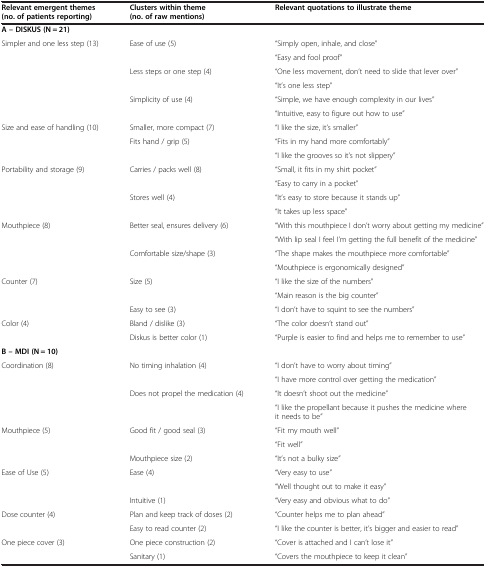
<table><thead><tr><td><b>Relevant emergent themes (no. of patients reporting)</b></td><td><b>Clusters within theme (no. of raw mentions)</b></td><td><b>Relevant quotations to illustrate theme</b></td></tr></thead><tbody><tr><td colspan="3"><b>A – DISKUS (N = 21)</b></td></tr><tr><td rowspan="6">Simpler and one less step (13)</td><td rowspan="2">Ease of use (5)</td><td>“Simply open, inhale, and close”</td></tr><tr><td>“Easy and fool proof”</td></tr><tr><td rowspan="2">Less steps or one step (4)</td><td>“One less movement, don’t need to slide that lever over”</td></tr><tr><td>“It’s one less step”</td></tr><tr><td rowspan="2">Simplicity of use (4)</td><td>“Simple, we have enough complexity in our lives”</td></tr><tr><td>“Intuitive, easy to figure out how to use”</td></tr><tr><td rowspan="3">Size and ease of handling (10)</td><td>Smaller, more compact (7)</td><td>“I like the size, it’s smaller”</td></tr><tr><td rowspan="2">Fits hand / grip (5)</td><td>“Fits in my hand more comfortably”</td></tr><tr><td>“I like the grooves so it’s not slippery”</td></tr><tr><td rowspan="4">Portability and storage (9)</td><td rowspan="2">Carries / packs well (8)</td><td>“Small, it fits in my shirt pocket”</td></tr><tr><td>“Easy to carry in a pocket”</td></tr><tr><td rowspan="2">Stores well (4)</td><td>“It’s easy to store because it stands up”</td></tr><tr><td>“It takes up less space”</td></tr><tr><td rowspan="4">Mouthpiece (8)</td><td rowspan="2">Better seal, ensures delivery (6)</td><td>“With this mouthpiece I don’t worry about getting my medicine”</td></tr><tr><td>“With lip seal I feel I’m getting the full benefit of the medicine”</td></tr><tr><td rowspan="2">Comfortable size/shape (3)</td><td>“The shape makes the mouthpiece more comfortable”</td></tr><tr><td>“Mouthpiece is ergonomically designed”</td></tr><tr><td rowspan="3">Counter (7)</td><td rowspan="2">Size (5)</td><td>“I like the size of the numbers”</td></tr><tr><td>“Main reason is the big counter”</td></tr><tr><td>Easy to see (3)</td><td>“I don’t have to squint to see the numbers”</td></tr><tr><td rowspan="2">Color (4)</td><td>Bland / dislike (3)</td><td>“The color doesn’t stand out”</td></tr><tr><td>Diskus is better color (1)</td><td>“Purple is easier to find and helps me to remember to use”</td></tr><tr><td colspan="3"><b>B – MDI (N = 10)</b></td></tr><tr><td rowspan="4">Coordination (8)</td><td rowspan="2">No timing inhalation (4)</td><td>“I don’t have to worry about timing”</td></tr><tr><td>“I have more control over getting the medication”</td></tr><tr><td rowspan="2">Does not propel the medication (4)</td><td>“It doesn’t shoot out the medicine”</td></tr><tr><td>“I like the propellant because it pushes the medicine where it needs to be”</td></tr><tr><td rowspan="3">Mouthpiece (5)</td><td rowspan="2">Good fit / good seal (3)</td><td>“Fit my mouth well”</td></tr><tr><td>“Fit well”</td></tr><tr><td>Mouthpiece size (2)</td><td>“It’s not a bulky size”</td></tr><tr><td rowspan="3">Ease of Use (5)</td><td rowspan="2">Ease (4)</td><td>“Very easy to use”</td></tr><tr><td>“Well thought out to make it easy”</td></tr><tr><td>Intuitive (1)</td><td>“Very easy and obvious what to do”</td></tr><tr><td rowspan="2">Dose counter (4)</td><td>Plan and keep track of doses (2)</td><td>“Counter helps me to plan ahead”</td></tr><tr><td>Easy to read counter (2)</td><td>“I like the counter is better, it’s bigger and easier to read”</td></tr><tr><td rowspan="2">One piece cover (3)</td><td>One piece construction (2)</td><td>“Cover is attached and I can’t lose it”</td></tr><tr><td>Sanitary (1)</td><td>“Covers the mouthpiece to keep it clean”</td></tr></tbody></table>